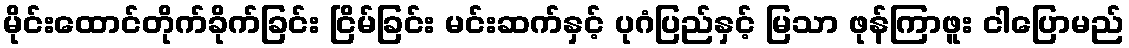
မိုင်းထောင်တိုက်ခိုက်ခြင်း ငြိမ်ခြင်း မင်းဆက်နှင့် ပုဂံပြည်နှင့် မြသာ ဖုန်ကြာဖူး ငါပြောမည်